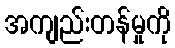
အကျည်းတန်မှုကို